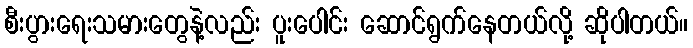
စီးပွားရေးသမားတွေနဲ့လည်း ပူးပေါင်း ဆောင်ရွက်နေတယ်လို့ ဆိုပါတယ်။